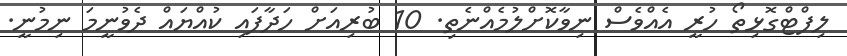
ލިފްޓްގޮޅިތޯ ހުރީ އެއްވެސް ނިވާކޮށްލުމެއްނެތި. 10 ބުރިއަށް ހަދާފައި ކުއްޔައް ދެވުނީމަ ނިމުނީ.